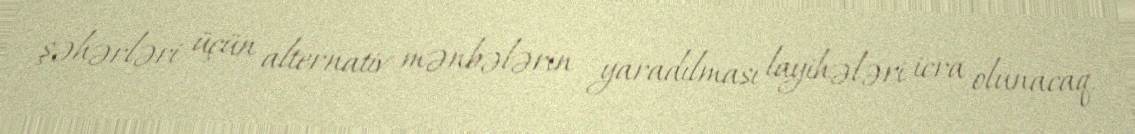
şəhərləri üçün alternativ mənbələrin yaradılması layihələri icra olunacaq.